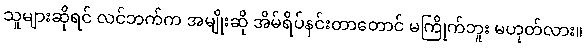
သူများဆိုရင် လင်ဘက်က အမျိုးဆို အိမ်ရိပ်နင်းတာတောင် မကြိုက်ဘူး မဟုတ်လား။